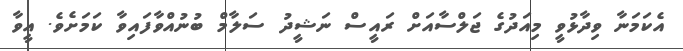
އެކަމަނާ ވިދާޅުވީ މިއަދުގެ ޖަލްސާއަށް ރައީސް ނަޝީދު ސަލާމް ބުނުއްވާފައިވާ ކަމަށެވެ. އީވާ